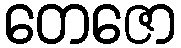
တေဇော